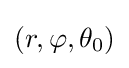
(r,\varphi ,\theta _{0})